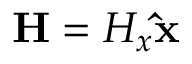
\mathbf { H } = H _ { x } \mathbf { \hat { x } }